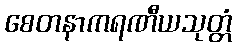
စေတနာကရဏီယသုတ္တံ